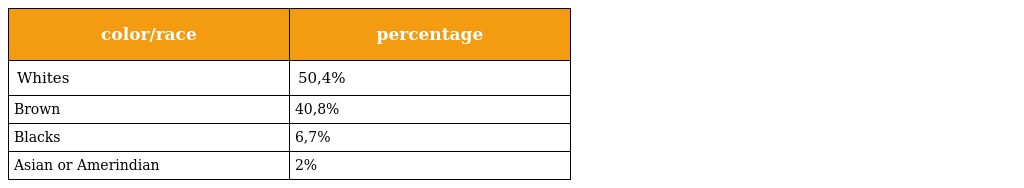
| color/race | percentage |
 | --- | --- |
 | Whites | 50,4% |
 | Brown | 40,8% |
 | Blacks | 6,7% |
 | Asian or Amerindian | 2% |